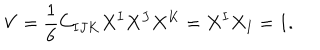
{ V } = { \frac { 1 } { 6 } } C _ { I J K } X ^ { I } X ^ { J } X ^ { K } = X ^ { I } X _ { I } = 1 .